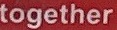
together